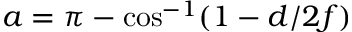
a = \pi - \cos ^ { - 1 } ( 1 - d / 2 f )